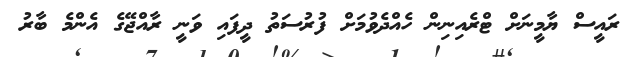
ރައީސް ޔާމީނަށް ޓްރެއިނިން ހެއްދެވުމަށް ފުރުސަތު ދީފައި ވަނީ ރާއްޖޭގެ އެންމެ ބާރު